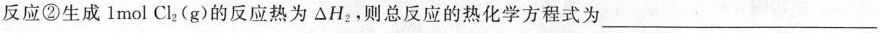
反应②生成1mol Cl_{2}(g)的反应热为△H_{2}，则总反应的热化学方程式为___